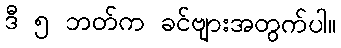
ဒီ ၅ ဘတ်က ခင်ဗျားအတွက်ပါ။